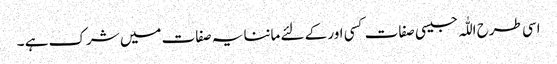
اسی طرح اللّٰہ جیسی صفات کسی اور کے لئے ماننا یہ صفات میں شرک ہے ۔